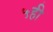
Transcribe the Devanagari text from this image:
५ही